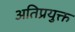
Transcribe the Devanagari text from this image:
अतिप्रयुक्त